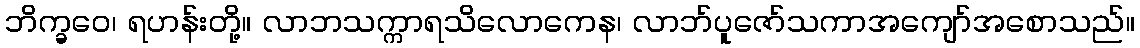
ဘိက္ခဝေ၊ ရဟန်းတို့။ လာဘသက္ကာရသိလောကေန၊ လာဘ်ပူဇော်သကာအကျော်အစောသည်။